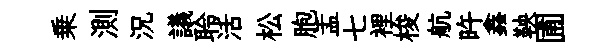
乗測況議聆活松胞盂七裡梭航旿鑫鞅圃